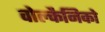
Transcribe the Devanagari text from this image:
वोल्कैनिको